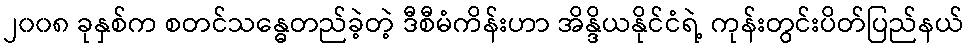
၂၀၀၈ ခုနှစ်က စတင်သန္ဓေတည်ခဲ့တဲ့ ဒီစီမံကိန်းဟာ အိန္ဒိယနိုင်ငံရဲ့ ကုန်းတွင်းပိတ်ပြည်နယ်